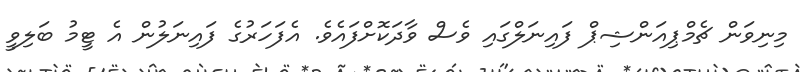
މިނިވަން ޗެމްޕިއަންޝިޕް ފައިނަލްގައި ވެސް ވާދަކޮށްފައެވެ. އެފަހަރުގެ ފައިނަލުން އެ ޓީމު ބަލިވީ